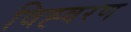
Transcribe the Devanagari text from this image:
विह्वरण